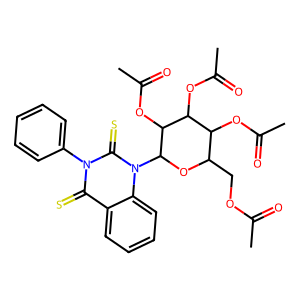
SMILES: CC(=O)OCC1OC(n2c(=S)n(-c3ccccc3)c(=S)c3ccccc32)C(OC(C)=O)C(OC(C)=O)C1OC(C)=O
Inhibits HIV replication: No